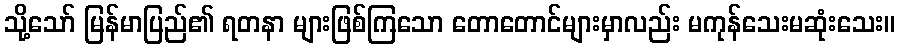
သို့သော် မြန်မာပြည်၏ ရတနာ များဖြစ်ကြသော တောတောင်များမှာလည်း မကုန်သေးမဆုံးသေး။